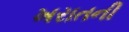
ખરાતની